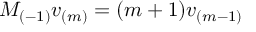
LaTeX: M _ { ( - 1 ) } v _ { ( m ) } = ( m + 1 ) v _ { ( m - 1 ) }